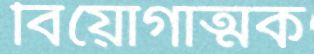
বিয়োগাত্মক